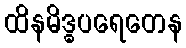
ထိနမိဒ္ဓပရေတေန